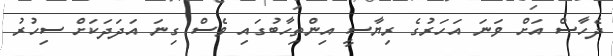
ދެހާސް އަށް ވަނަ އަހަރުގެ ރިޔާސީ އިންތިހާބުގައި ވެސް ގިނަ އަދަދަކަށް ސިހުރު